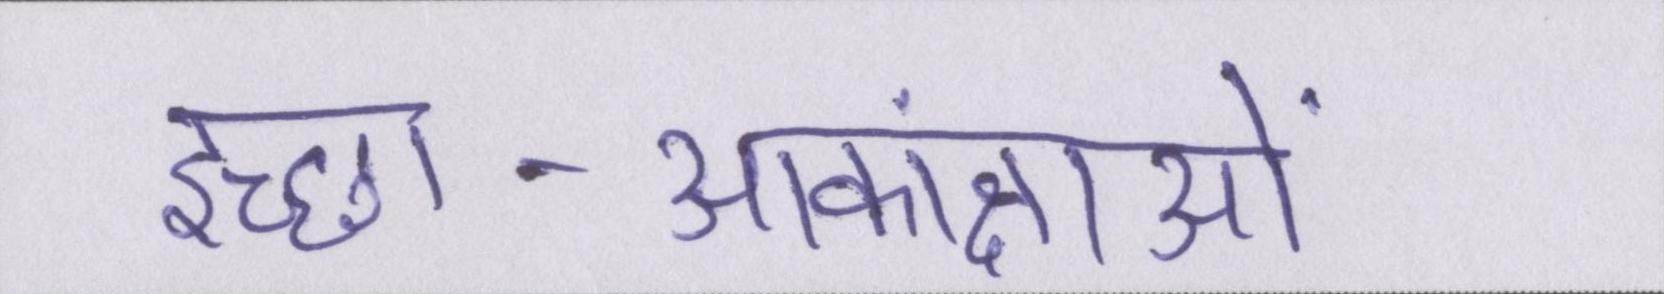
इच्छा-आकांक्षाओं